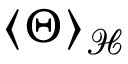
\left< \Theta \right> _ { \mathcal { H } }